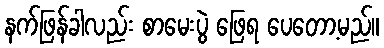
နက်ဖြန်ခါလည်း စာမေးပွဲ ဖြေရ ပေတော့မည်။